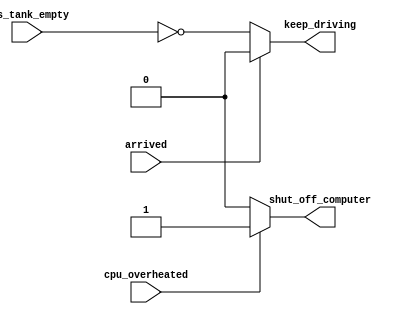
// if statement latches
// synthesis verilog_input_version verilog_2001
module top_module (
    input      cpu_overheated,
    output reg shut_off_computer,
    input      arrived,
    input      gas_tank_empty,
    output reg keep_driving  ); //

    always @(*) begin
		shut_off_computer = 0;
        if (cpu_overheated)
           shut_off_computer = 1;
    end

    always @(*) begin
        if (~arrived)
           keep_driving = ~gas_tank_empty;
        else
           keep_driving = 0; 
    end

endmodule